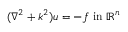
( \nabla ^ { 2 } + k ^ { 2 } ) u = - f { \mathrm { ~ i n ~ } } \mathbb { R } ^ { n }